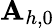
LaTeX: \mathbf{A}_{h,0}